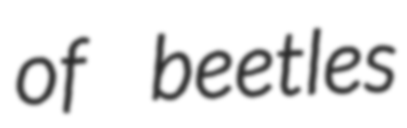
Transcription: of beetles